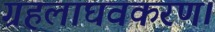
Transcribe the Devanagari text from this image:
ग्रहलाघवकरण।